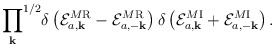
\begin{align*}{\prod_{\bf k}}^{1/2}\delta\left({\cal E}^{M\rm R}_{a,\bf k} -{\cal E}^{M\rm R}_{a,-\bf k}\right)\delta\left({\cal E}^{M\rm I}_{a,\bf k} +{\cal E}^{M\rm I}_{a,-\bf k}\right).\end{align*}